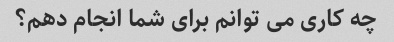
چه کاری می توانم برای شما انجام دهم؟